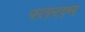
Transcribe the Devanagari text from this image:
रतराम